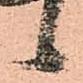
候